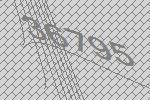
36795